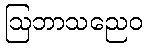
ဩဘာသညေဝ